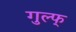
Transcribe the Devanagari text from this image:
गुल्फ्